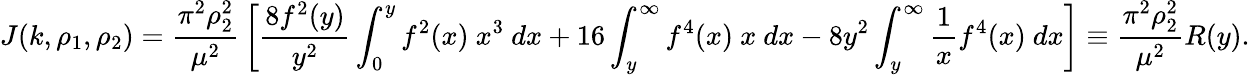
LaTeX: J(k,\rho_{1},\rho_{2})={\frac{\pi^{2}\rho_{2}^{2}}{\mu^{2}}}\left[{\frac{8f^{2}(y)}{y^{2}}}\int_{0}^{y}f^{2}(x)\ x^{3}\ dx+16\int_{y}^{\infty}f^{4}(x)\ x\ dx-8y^{2}\int_{y}^{\infty}\frac{1}{x}f^{4}(x)\ dx\right]\equiv{\frac{\pi^{2}\rho_{2}^{2}}{\mu^{2}}}R(y).